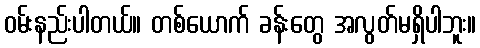
ဝမ်းနည်းပါတယ်။ တစ်ယောက် ခန်းတွေ အလွတ်မရှိပါဘူး။